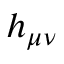
h _ { \mu \nu }